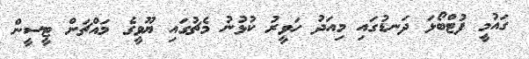
ގައުމީ ފުޓްބޯޅަ ދަނޑުގައި މިއަދު ހަވީރު ކުޅުނު މެޗުގައި ޔޫވީގެ މައްޗަށް ޓީސީން